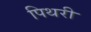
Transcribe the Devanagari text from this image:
पिथरी